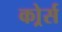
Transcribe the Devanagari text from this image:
कोर्र्स